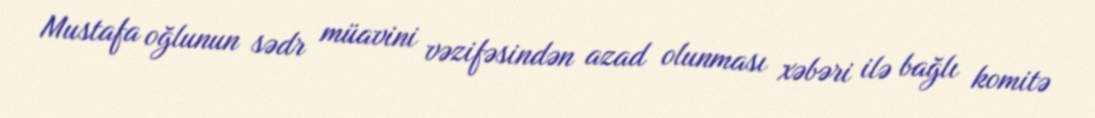
Mustafa oğlunun sədr müavini vəzifəsindən azad olunması xəbəri ilə bağlı komitə